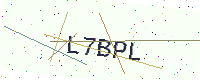
Text: L7BPL